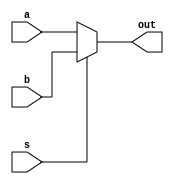
module mux_64(input [63:0] a, b, input s, output reg [63:0] out);
	always @(s) begin
		if (s == 1'b1)
			out = b;
		else
			out = a;
	end
endmodule